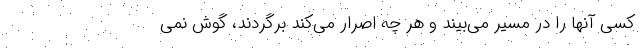
کسی آنها را در مسیر می‌بیند و هر چه اصرار می‌کند برگردند، گوش نمی